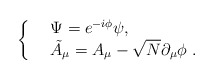
\begin{align*}\left\{\begin{array}{ll} &\Psi=e^{-i\phi}\psi,\ \ \ \ \ \\ &\tilde{A}_\mu=A_\mu-\sqrt{N}\partial_\mu \phi \ .\ \ \ \ \ \end{array}\right.\end{align*}